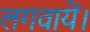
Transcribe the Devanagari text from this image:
लगवायें।